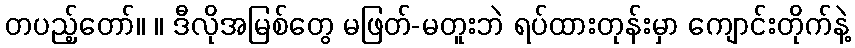
တပည့်တော်။ ။ ဒီလိုအမြစ်တွေ မဖြတ်-မတူးဘဲ ရပ်ထားတုန်းမှာ ကျောင်းတိုက်နဲ့